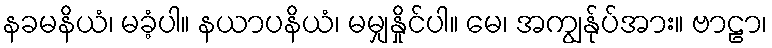
နခမနိယံ၊ မခံ့ပါ။ နယာပနိယံ၊ မမျှနှိုင်ပါ။ မေ၊ အကျွန်ုပ်အား။ ဗာဠာ၊